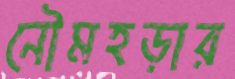
নৌমহড়ার